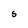
Character: S